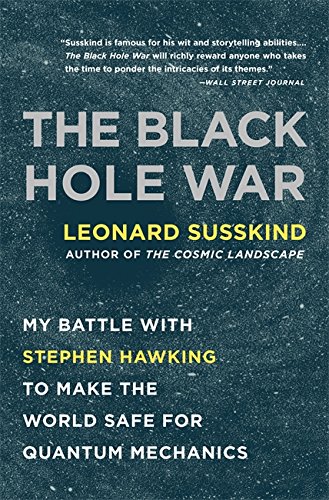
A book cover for The Black Hole War: My Battle with Stephen Hawking to Make the World Safe for Quantum Mechanics; Leonard Susskind; Science & Math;